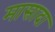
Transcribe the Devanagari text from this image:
मासादा